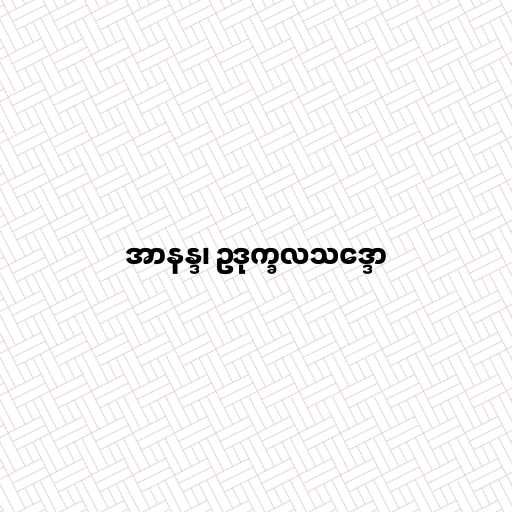
အာနန္ဒ၊ ဥဒုက္ခလသဒ္ဒော